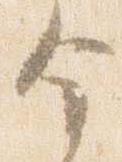
金